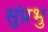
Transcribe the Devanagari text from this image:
सुंप्रभु